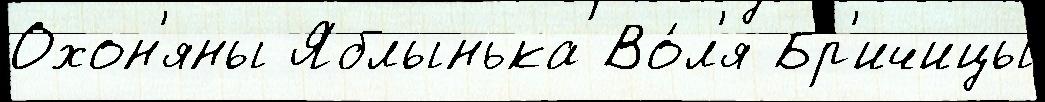
Охон'яны Яблынька Во́л'я Бр'ичицы